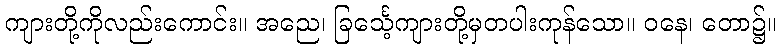
ကျားတို့ကိုလည်းကောင်း။ အညေ၊ ခြင်္သေ့ကျားတို့မှတပါးကုန်သော။ ဝနေ၊ တော၌။